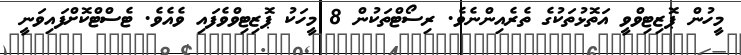
މީހުން ޕޮޒިޓިވްވީ އަތޮޅުތަކުގެ ތެރެއިންނެވެ. ރިސޯޓްތަކުން 8 މީހަކު ޕޮޒިޓިވްވެފައި ވެއެެވެ. ޓެސްޓްކޮށްފައިވަނީ